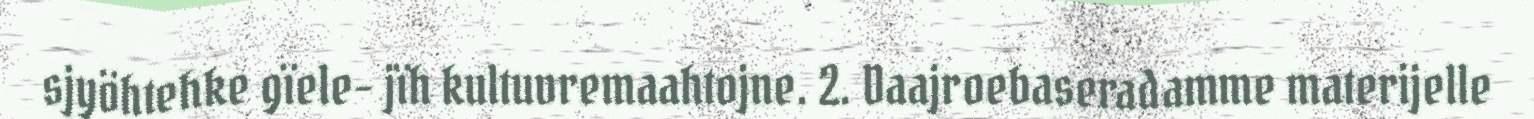
sjyöhtehke gïele- jïh kultuvremaahtojne. 2. Daajroebaseradamme materijelle